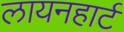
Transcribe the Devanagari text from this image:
लायनहार्ट